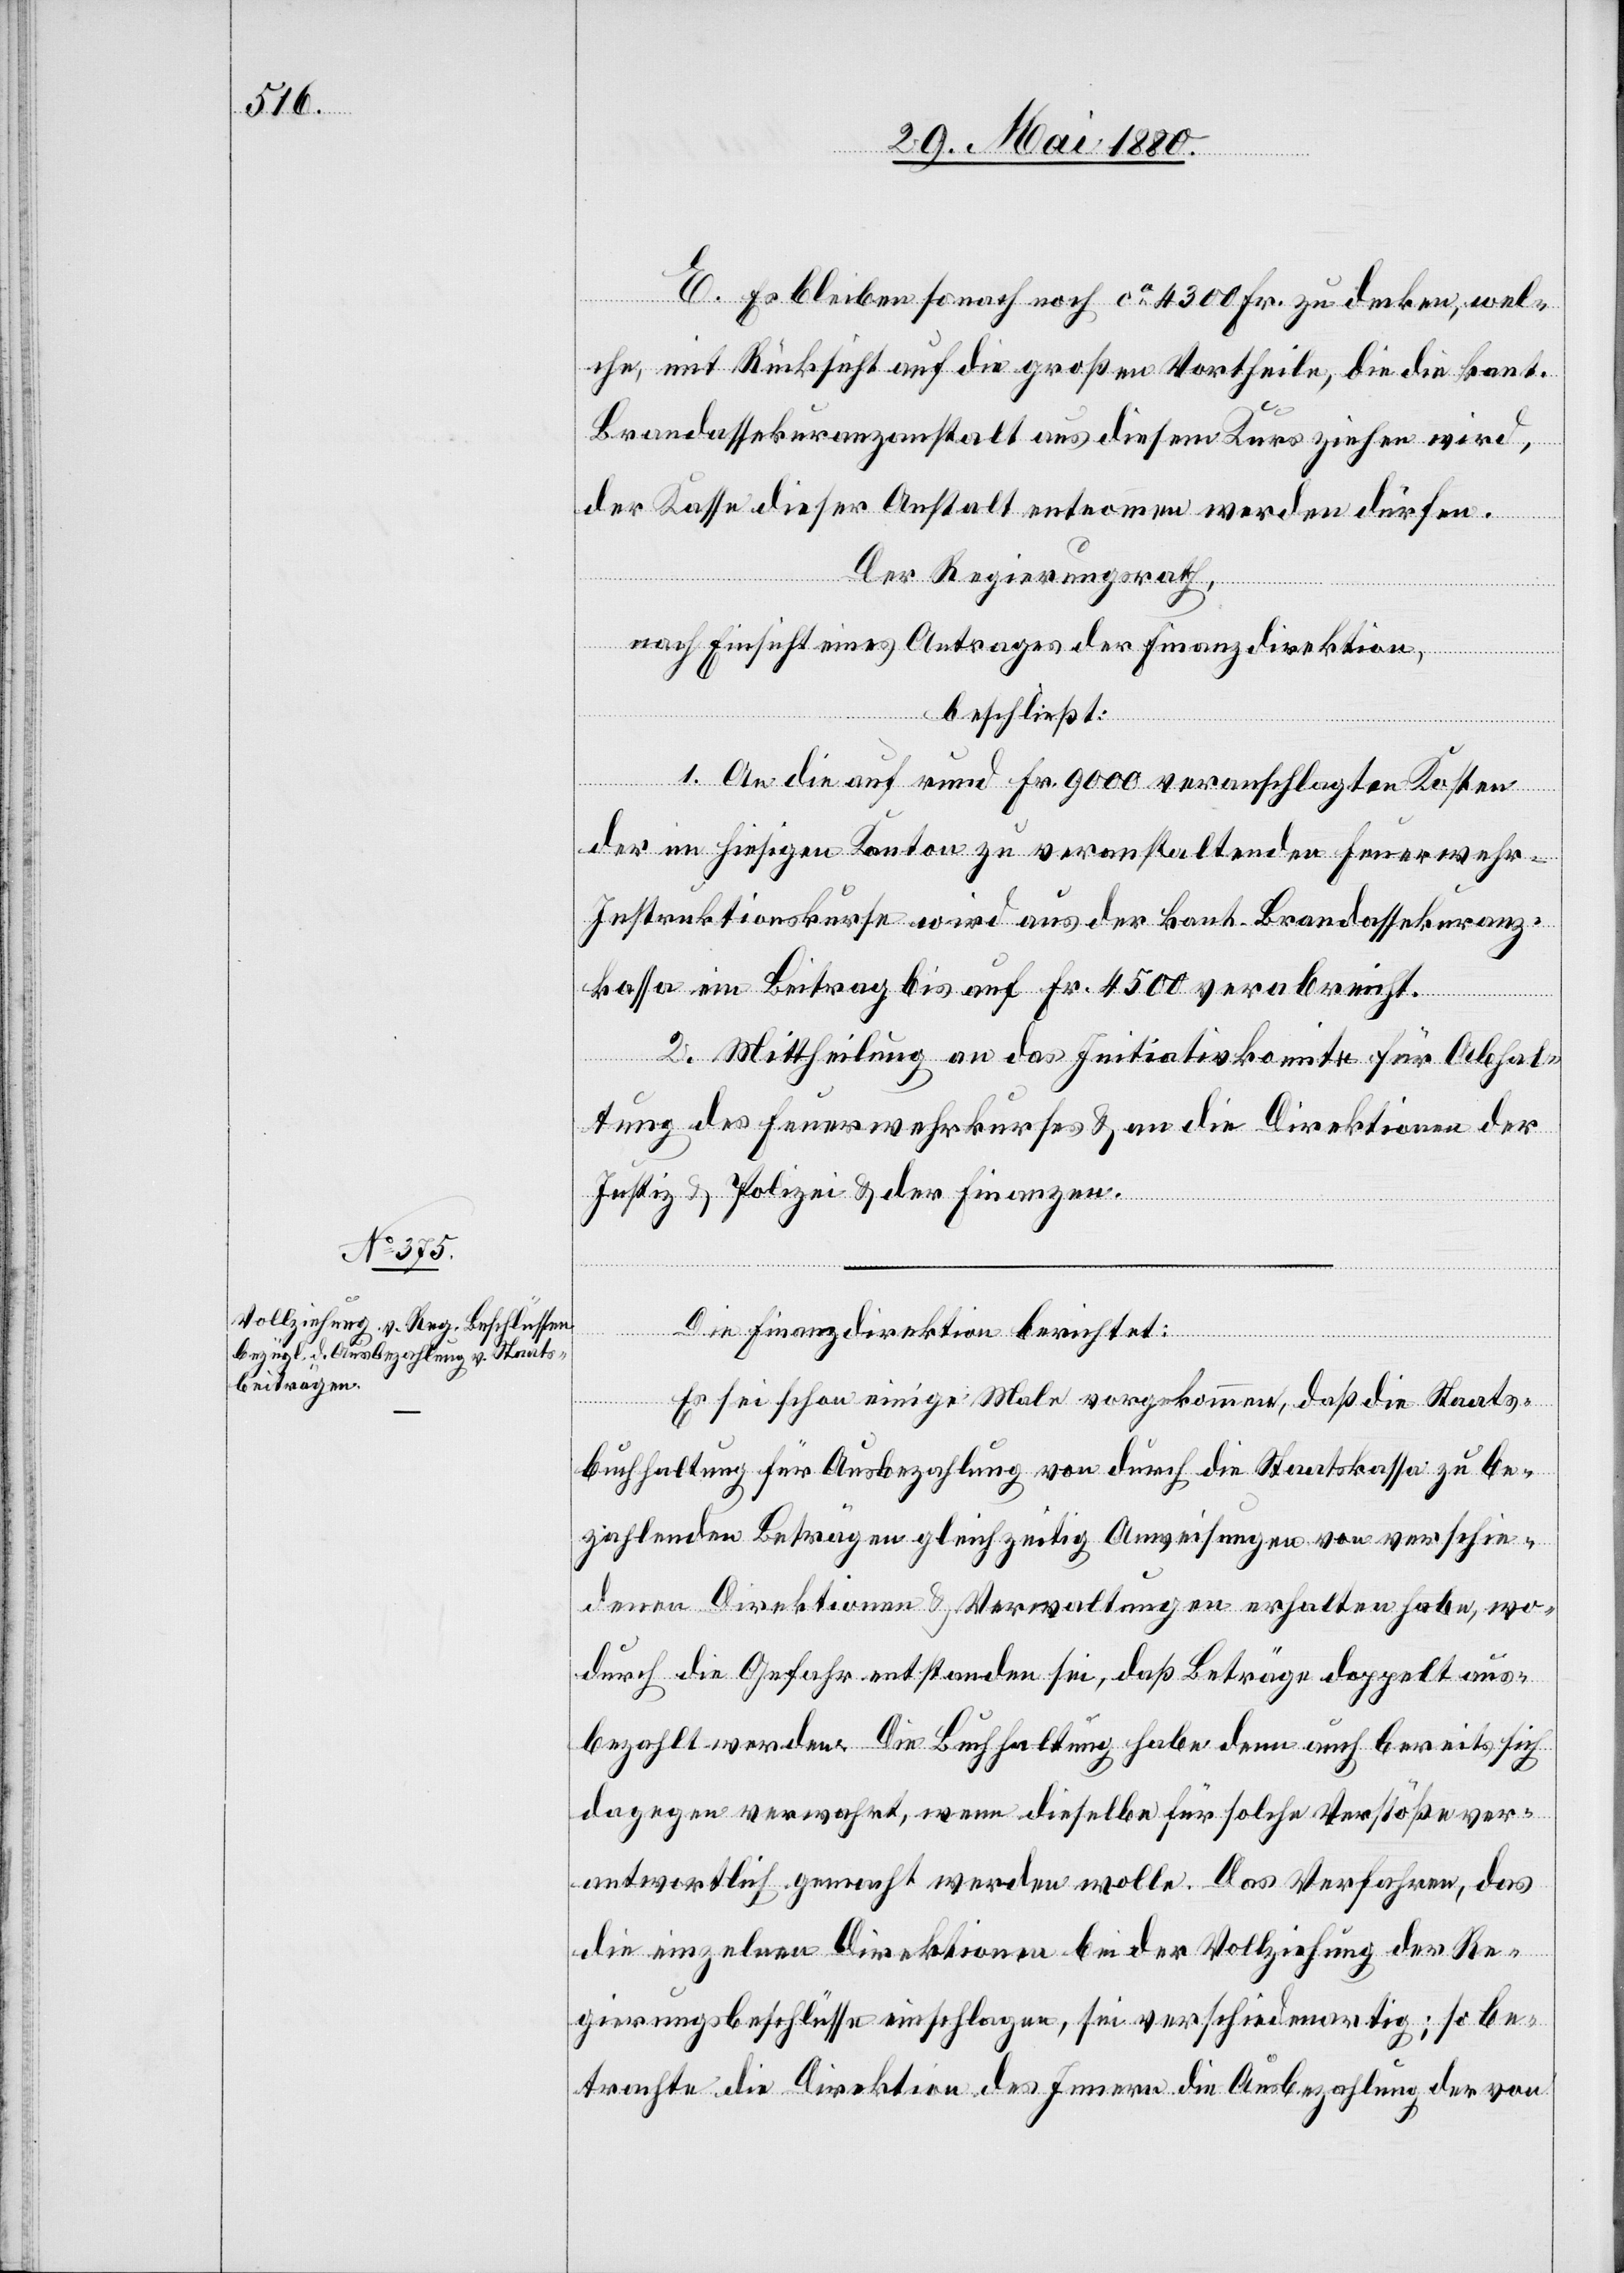
E. Es bleiben sonach noch ca 4300 Fr. zu decken, wel¬
che, mit Rücksicht auf die großen Vortheile, die die kant.
Brandassekuranzanstalt aus diesem Kurs ziehen wird,
der Kasse dieser Anstalt entnommen werden dürfen.
Der Regierungsrath,
nach Einsicht eines Antrages der Finanzdirektion,
beschließt:
1. An die auf rund Fr. 9000 veranschlagten Kosten
der im hiesigen Kanton zu veranstaltenden Feuerwehr-I¬
nstruktionskurse wird aus der kant. Brandassekuranz¬
kassa ein Beitrag bis auf Fr. 4500 verabreicht.
2. Mittheilung an das Initiativkomite für Abhal¬
tung des Feuerwehrkurses & an die Direktionen der
Justiz & Polizei & der Finanzen.
Die Finanzdirektion berichtet:
Es sei schon einige Male vorgekommen, daß die Staats¬
buchhaltung für Ausbezahlung von durch die Staatskassa zu be¬
zahlenden Beträgen gleichzeitig Anweisungen von verschie¬
denen Direktionen & Verwaltungen erhalten habe, wo¬
durch die Gefahr entstanden sei, daß Beträge doppelt aus¬
bezahlt werden. Die Buchhaltung habe denn auch bereits sich
dagegen verwahrt, wenn dieselbe für solche Verstöße ver¬
antwortlich gemacht werden wolle. Das Verfahren, daß
die einzelnen Direktionen bei der Vollziehung der Re¬
gierungsbeschlüsse einschlagen, sei verschiedenartig; so be¬
trachte die Direktion des Innern die Ausbezahlung der von